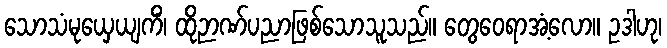
သောသံမုယှေယျကိံ၊ ထိုဉာဏ်ပညာဖြစ်သောသူသည်။ တွေဝေရာအံ့လော။ ဥဒါဟု၊